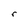
Character: r